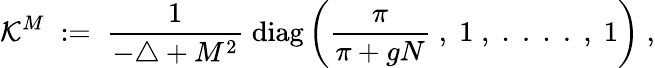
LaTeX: \mathcal{K}^{M}\; :=\; \frac{{1}}{{-\triangle+M^{2}}}\; \mathrm{{diag}}\left(\frac{{\pi}}{{\pi+gN}}\; ,\; 1\; ,\; .\; .\; .\; .\; ,\; 1\right)\; ,